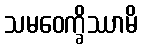
သမဝေက္ခိဿာမိ